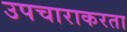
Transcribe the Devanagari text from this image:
उपचाराकरता